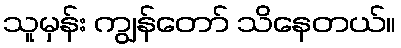
သူမှန်း ကျွန်တော် သိနေတယ်။